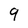
Character: 9